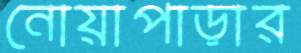
নোয়াপাড়ার